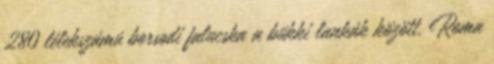
280 lélekszámú borsodi falucska a bükki lankák között. Roma